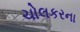
ચોલકરના